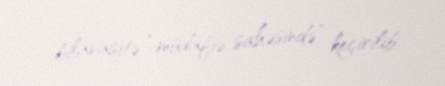
bilavasitə “müdafiə sahəsində” keçirilib.